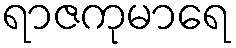
ရာဇကုမာရေ